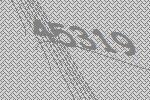
45319